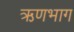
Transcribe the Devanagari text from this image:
ऋणभाग